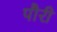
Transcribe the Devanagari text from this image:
पौरी